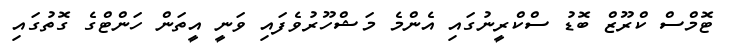
ޓޮމްސް ކްރޫޒް ބޮޑު ސްކްރީނުގައި އެންމެ މަޝްހޫރުވެފައި ވަނީ އީތަން ހަންޓްގެ ގޮތުގައި